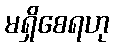
မရှိစေရဟု